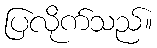
ပြလိုက်သည်။